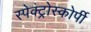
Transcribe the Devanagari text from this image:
स्‍पेक्‍ट्रोस्‍कोर्पी